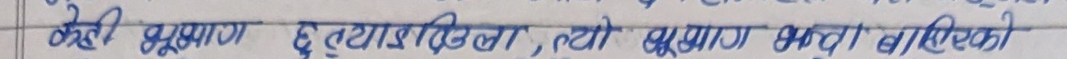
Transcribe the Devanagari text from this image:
मेरी भूभाग छडयाइदिदा, त्यो भूभाग भन्दा बाख्रीकै